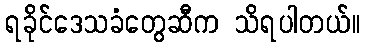
ရခိုင်ဒေသခံတွေဆီက သိရပါတယ်။